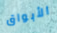
الأبواق